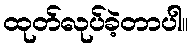
ထုတ်လုပ်ခဲ့တာပါ။